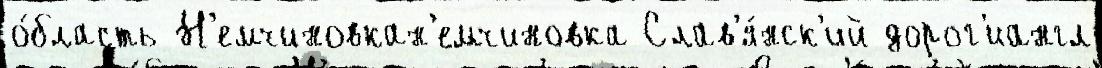
о́бласть Н'емчиновкан'емчиновка Слав'я́нск'ий дорог'иангл